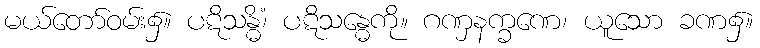
မယ်တော်ဝမ်း၌။ ပဋိသန္ဓိံ၊ ပဋိသန္ဓေကို။ ဂဏှနက္ခဏေ၊ ယူသော ခဏ၌။